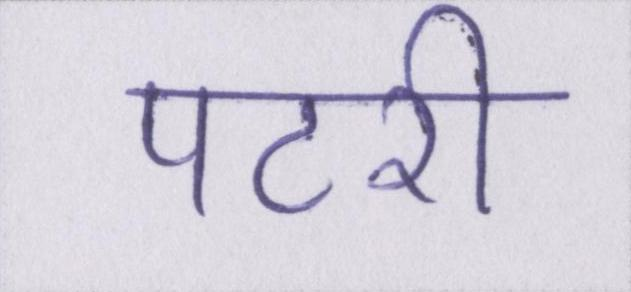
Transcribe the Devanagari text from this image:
पटरी